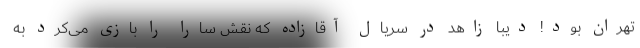
تهران بود! دیبا زاهد در سریال آقازاده که نقش سارا را بازی می‌کرد به